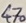
Text: 470